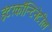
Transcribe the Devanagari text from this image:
इंटरकॉन्टिनेटील